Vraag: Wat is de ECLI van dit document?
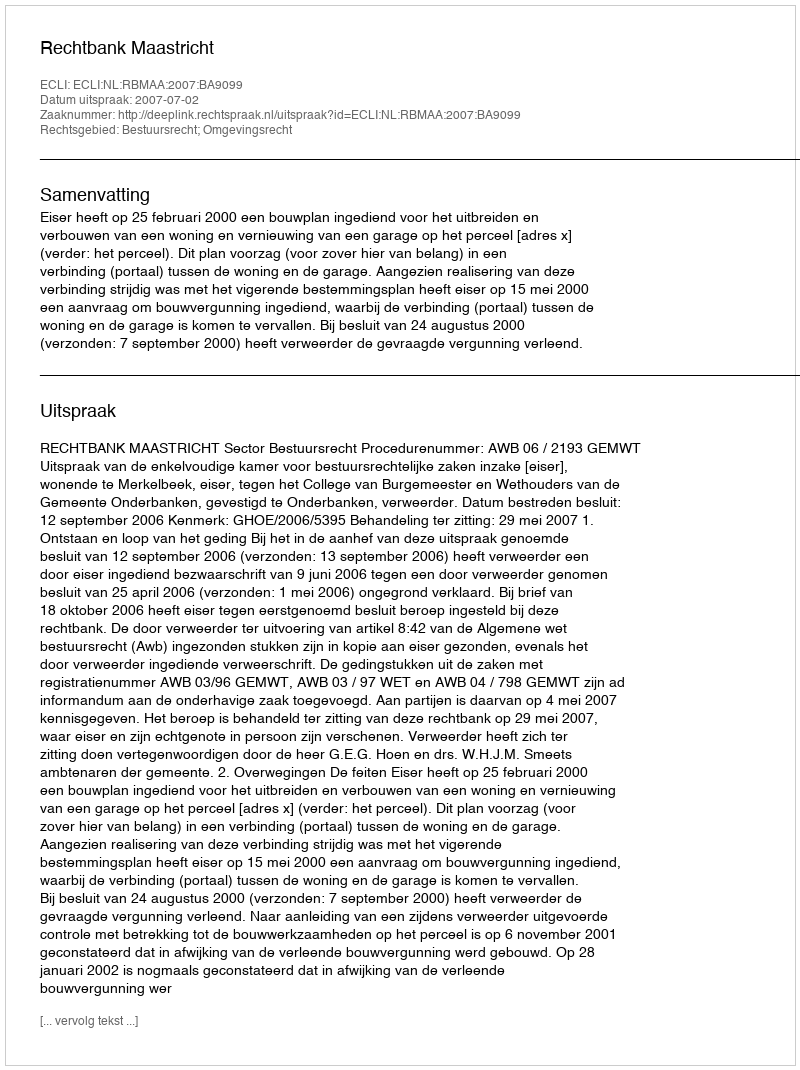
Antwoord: ECLI:NL:RBMAA:2007:BA9099